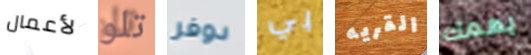
لأعمال تلو دوفر بي القريه يهمك